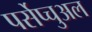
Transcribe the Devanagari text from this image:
पर्सेप्चुअल